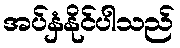
အပ်နှံနိုင်ပါသည်